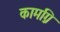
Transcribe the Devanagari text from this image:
कामग्नि